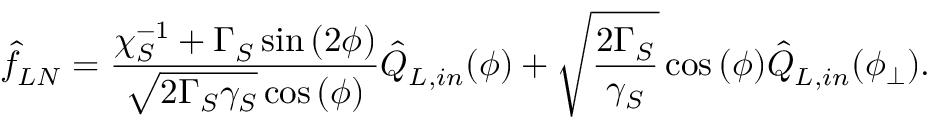
\hat { f } _ { L N } ^ { } = \frac { \chi _ { S } ^ { - 1 } + \Gamma _ { S } ^ { } \sin { ( 2 \phi ) } } { \sqrt { 2 \Gamma _ { S } \gamma _ { S } } \cos { ( \phi ) } } \hat { Q } _ { L , i n } ^ { } ( \phi ) + \sqrt { \frac { 2 \Gamma _ { S } } { \gamma _ { S } } } \cos { ( \phi ) } \hat { Q } _ { L , i n } ^ { } ( \phi _ { \bot } ) .